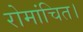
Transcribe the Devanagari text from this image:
रोमांचित।